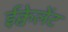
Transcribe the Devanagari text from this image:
ईक्वेलेंट